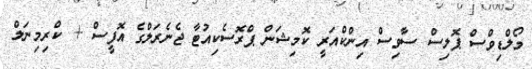
މޯލްޑިވްސް ޕޮލިސް ސާވިސް އިންކްއަރީ ކޮމިޝަން ޕްރޮސެކިއުޓާ ޖެނެރަލްގެ އޮފީސް + ކްރިމިނަލް